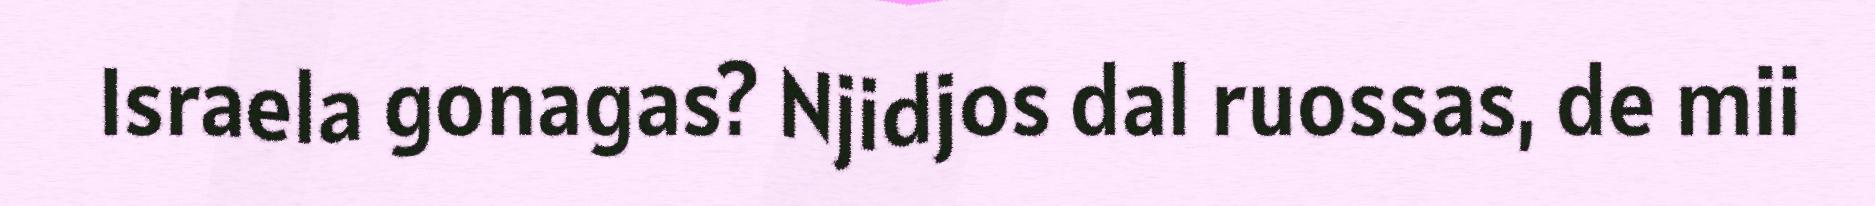
Israela gonagas? Njidjos dal ruossas, de mii